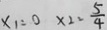
x _ { 1 } = 0 x _ { 2 } = \frac { 5 } { 4 }